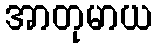
အာတုမာယ